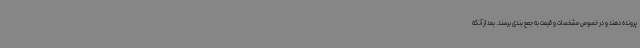
پرونده دهند و در خصوص مشخصات و قیمت به جمع بندی برسند. بعد از آنکه